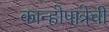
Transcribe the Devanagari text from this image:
कान्होपात्रेची